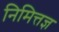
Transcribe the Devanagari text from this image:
निमित्तज्ञ